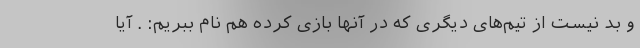
و بد نیست از تیم‌های دیگری که در آنها بازی کرده هم نام ببریم: . آیا